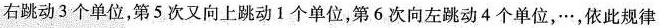
右跳动3个单位，第5次又向上跳动1个单位，第6次向左跳动4个单位，…，依此规律